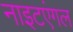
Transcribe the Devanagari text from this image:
नाइटएंगल